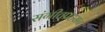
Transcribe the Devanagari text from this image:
संगीतप्रहसन